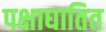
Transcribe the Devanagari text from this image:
पक्षाघातित